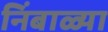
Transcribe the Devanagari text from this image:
निंबाळ्या